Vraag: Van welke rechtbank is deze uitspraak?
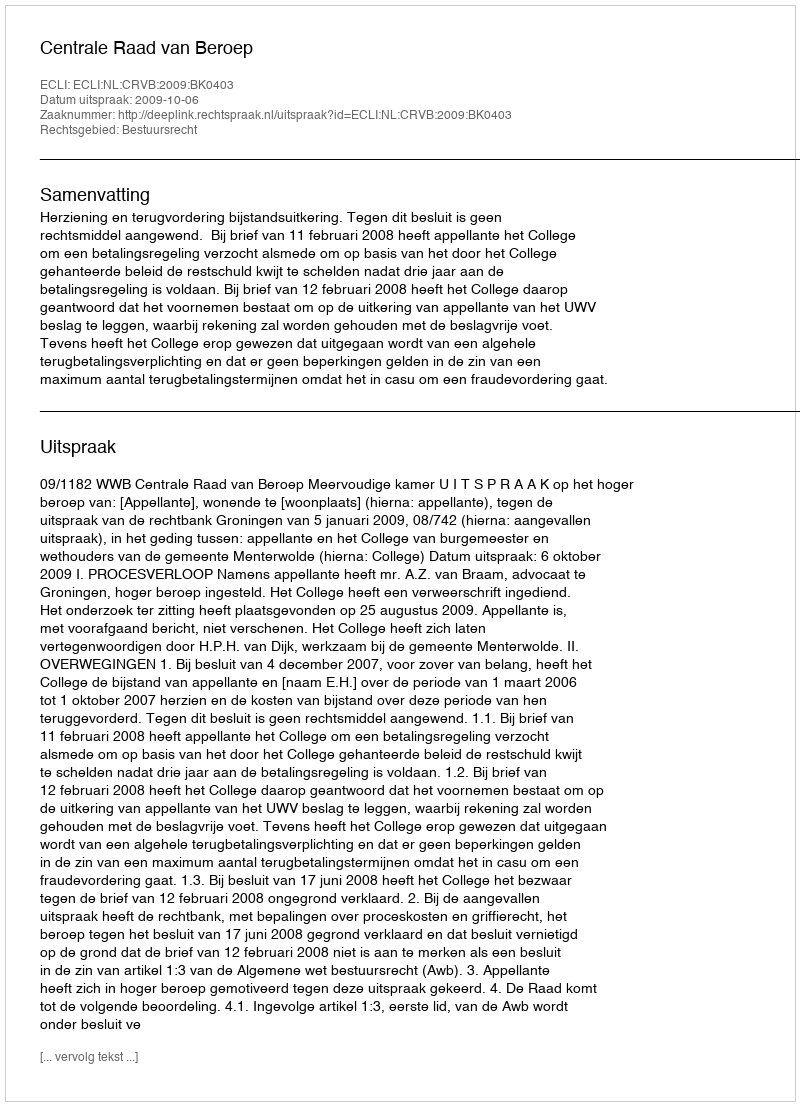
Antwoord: Centrale Raad van Beroep